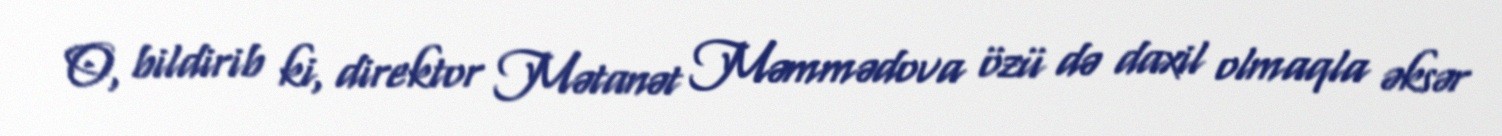
O, bildirib ki, direktor Mətanət Məmmədova özü də daxil olmaqla əksər